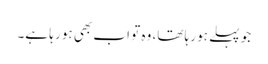
جو پہلے ہو رہا تھا، وہ تو اب بھی ہو رہا ہے۔